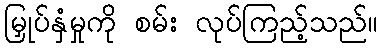
မြှုပ်နှံမှုကို စမ်း လုပ်ကြည့်သည်။